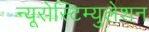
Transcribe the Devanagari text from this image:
न्यूरोस्टिम्युलेशन